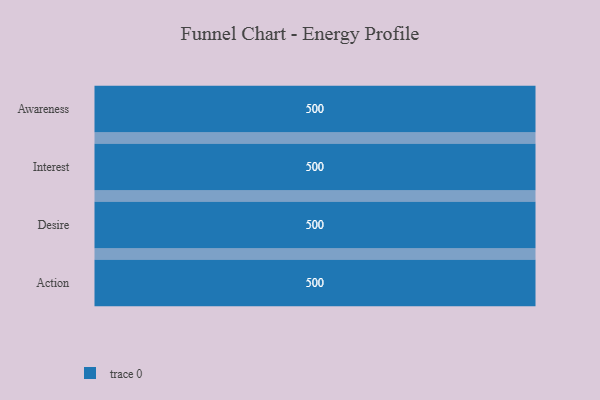
{"axis": {"x": "Stage", "y": "Value"}, "legend": [""], "data": [{"x": "Awareness", "y": 500, "type": ""}, {"x": "Interest", "y": 500, "type": ""}, {"x": "Desire", "y": 500, "type": ""}, {"x": "Action", "y": 500, "type": ""}]}